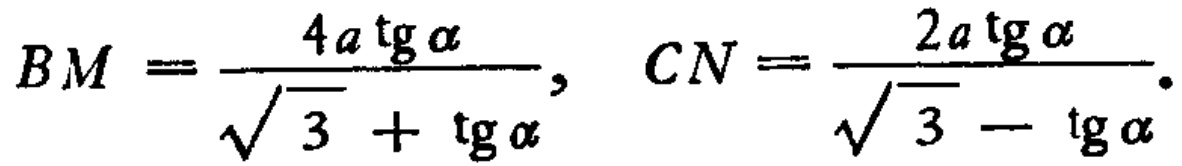
\[BM = \frac{4a\operatorname{tg}\alpha}{\sqrt{3} + \operatorname{tg}\alpha}, \quad CN = \frac{2a\operatorname{tg}\alpha}{\sqrt{3} - \operatorname{tg}\alpha}.\]